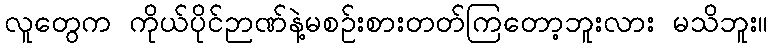
လူတွေက ကိုယ်ပိုင်ဉာဏ်နဲ့မစဉ်းစားတတ်ကြတော့ဘူးလား မသိဘူး။